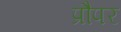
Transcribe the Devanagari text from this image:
प्रौपर